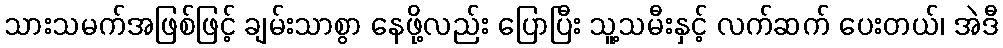
သားသမက်အဖြစ်ဖြင့် ချမ်းသာစွာ နေဖို့လည်း ပြောပြီး သူ့သမီးနှင့် လက်ဆက် ပေးတယ်၊ အဲဒီ